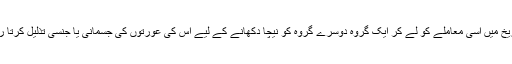
تاریخ میں اسی معاملے کو لے کر ایک گروہ دوسرے گروہ کو نیچا دکھانے کے لیے اس کی عورتوں کی جسمانی یا جنسی تذلیل کرتا رہا۔